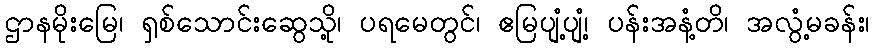
ဌာနမိုးမြေ၊ ရှစ်သောင်းဆွေသို့၊ ပရမေတွင်၊ ဧမြပျံ့ပျံ့၊ ပန်းအနံ့တိ၊ အလွံ့မခန်း၊